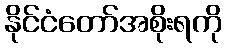
နိုင်ငံတော်အစိုးရကို